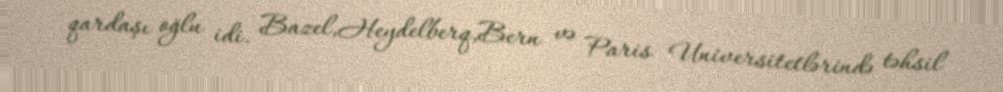
qardaşı oğlu idi. Bazel,Heydelberq,Bern və Paris Universitetlərində təhsil